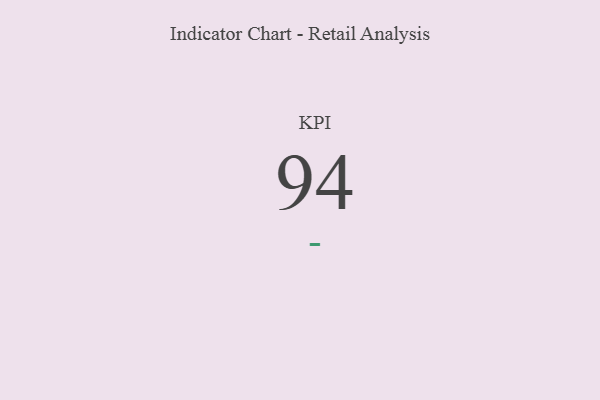
{"axis": {"x": "KPI", "y": "Value"}, "legend": [""], "data": [{"x": "KPI", "y": 94, "type": ""}]}